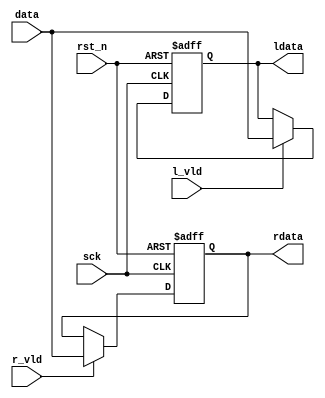
//******************************************************************

//******************************************************************
`timescale 1ns/1ns
module i2s_loop
#(
    parameter DATA_WIDTH = 8
)
(
    input                       sck,
    input                       rst_n,

    output reg [DATA_WIDTH - 1:0]  ldata,
    output reg [DATA_WIDTH - 1:0]  rdata,

    input   [DATA_WIDTH - 1:0]  data,
    input                       r_vld,
    input                       l_vld
);

always @(posedge sck or negedge rst_n)
begin
    if(~rst_n)
        ldata <= {DATA_WIDTH{1'b0}};
    else if(l_vld)
        ldata <= data;
end

always @(posedge sck or negedge rst_n)
begin
    if(~rst_n)
        rdata <= {DATA_WIDTH{1'b0}};
    else if(r_vld)
        rdata <= data;
end

endmodule //i2s_loop